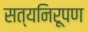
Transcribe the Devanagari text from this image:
सत्यनिरूपण